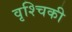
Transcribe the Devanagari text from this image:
वृश्चिकी